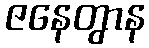
ဇနေတွာန